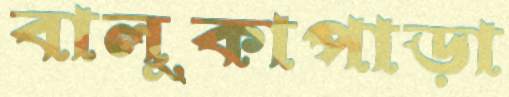
বালুকাপাড়া